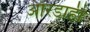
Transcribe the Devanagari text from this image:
ओरडाही